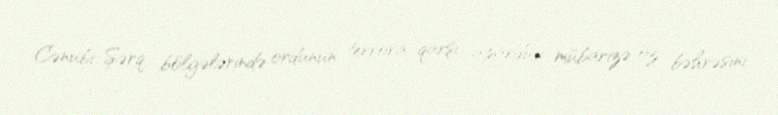
Cənubi-Şərq bölgələrində ordunun terrora qarşı apardığı mübarizə öz bəhrəsini